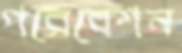
পরেবেশন